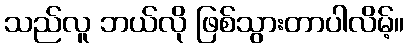
သည်လူ ဘယ်လို ဖြစ်သွားတာပါလိမ့်။